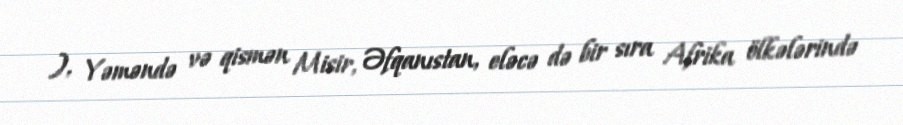
), Yəməndə və qismən Misir, Əfqanıstan, eləcə də bir sıra Afrika ölkələrində